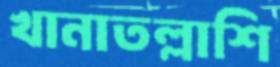
খানাতল্লাশি